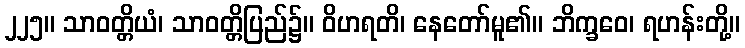
၂၂၅။ သာဝတ္တိယံ၊ သာဝတ္တိပြည်၌။ ဝိဟရတိ၊ နေတော်မူ၏။ ဘိက္ခဝေ၊ ရဟန်းတို့။